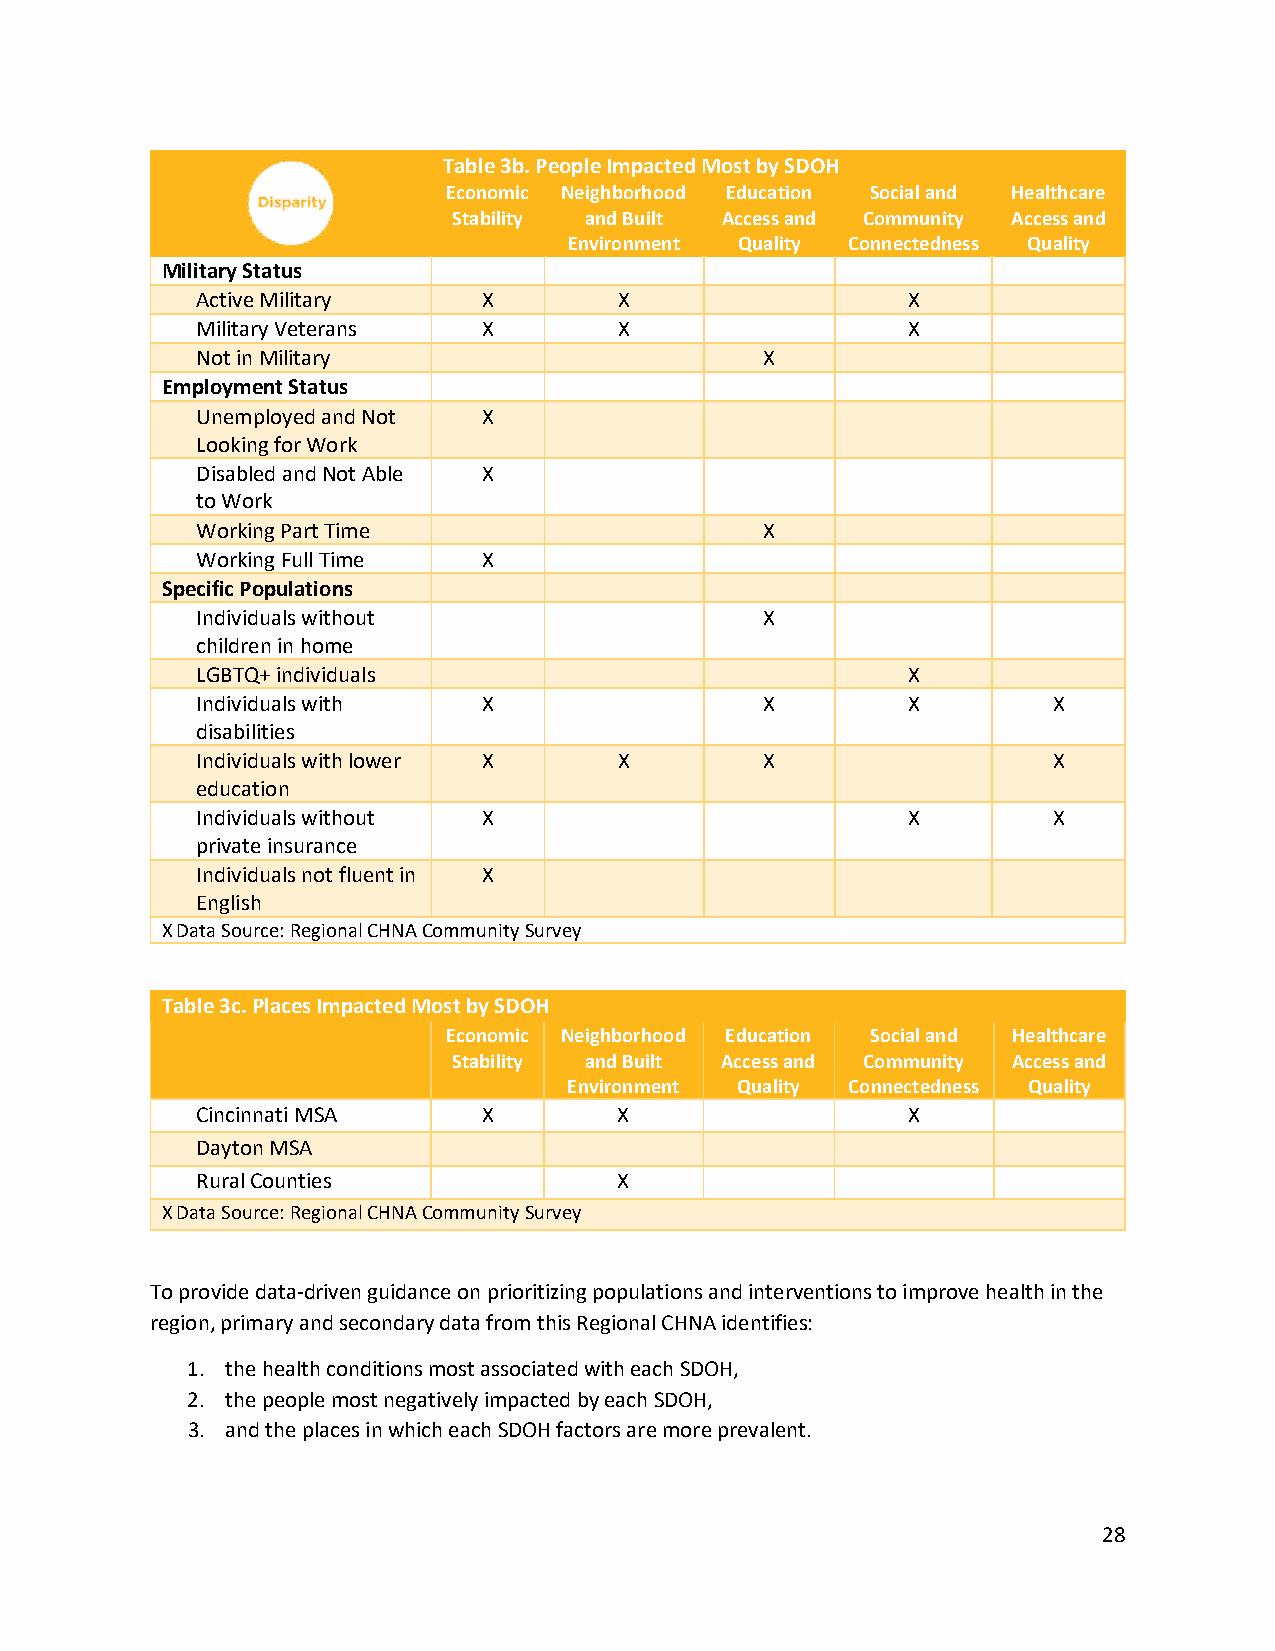
Table 3b. People Impacted Most by SDOH
 Economic Neighborhood Education Social and Healthcare
 Stability and Built Access and Community Access and
 Environment Quality Connectedness Quality
 Military Status
 Active Military    X        X                  X
 Military Veterans  X        X                  X
 Not in Military                       X
 Employment Status
 Unemployed and Not X
 Looking for Work
 Disabled and Not Able X
 to Work
 Working Part Time                     X
 Working Full Time  X
 Specific Populations
 Individuals without                   X
 children in home
 LGBTQ+ individuals                             X
 Individuals with   X                  X        X         X
 disabilities
 Individuals with lower X    X         X                  X
 education
 Individuals without X                          X         X
 private insurance
 Individuals not fluent in X
 English
 X Data Source: Regional CHNA Community Survey
 Table 3c. Places Impacted Most by SDOH
 Economic Neighborhood Education Social and Healthcare
 Stability and Built Access and Community Access and
 Environment Quality Connectedness Quality
 Cincinnati MSA     X        X                  X
 Dayton MSA
 Rural Counties              X
 X Data Source: Regional CHNA Community Survey
 To provide data-driven guidance on prioritizing populations and interventions to improve health in the
 region, primary and secondary data from this Regional CHNA identifies:
 1. the health conditions most associated with each SDOH,
 2. the people most negatively impacted by each SDOH,
 3. and the places in which each SDOH factors are more prevalent.
 28